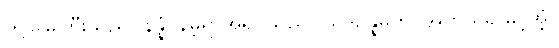
ဤမြေကြီးသည်။ နိန္နံ၊ နိမ့်ရာအရပ်သည်။ ယဒိဥန္နမတိ၊ အကယ်၍မြင့်အံ့။